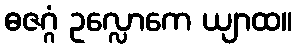
ဓဇဂ္ဂံ ဥလ္လောကေ ယျာထ။